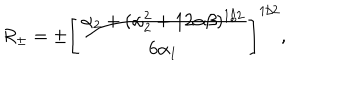
R _ { \pm } = \pm \left[ \frac { \alpha _ { 2 } + ( \alpha _ { 2 } ^ { 2 } + 1 2 \alpha \beta ) ^ { 1 / 2 } } { 6 \alpha _ { 1 } } \right] ^ { 1 / 2 } ,